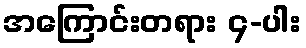
အကြောင်းတရား ၄-ပါး